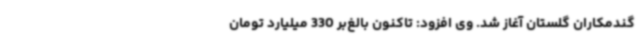
گندمکاران گلستان آغاز شد. وی افزود: تاکنون بالغ‌بر 330 میلیارد تومان